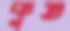
কুত